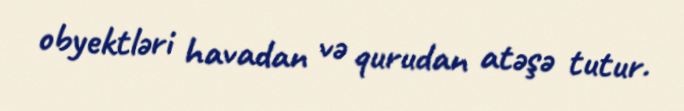
obyektləri havadan və qurudan atəşə tutur.